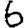
Digit: 6